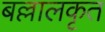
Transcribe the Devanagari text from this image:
बल्लालकृत